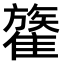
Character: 𩀥